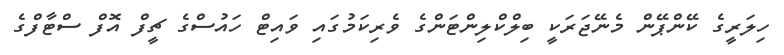
ހިލަރީގެ ކޭންޕޭން މެނޭޖަރަކީ ބިލްކްލިންޓަންގެ ވެރިކަމުގައި ވައިޓް ހައުސްގެ ޗީފް އޮފް ސްޓާފްގެ